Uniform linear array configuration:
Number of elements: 32
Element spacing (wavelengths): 0.25
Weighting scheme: cosine
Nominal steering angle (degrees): -30
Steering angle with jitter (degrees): -31.792
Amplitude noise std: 0.05
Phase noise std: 0.05

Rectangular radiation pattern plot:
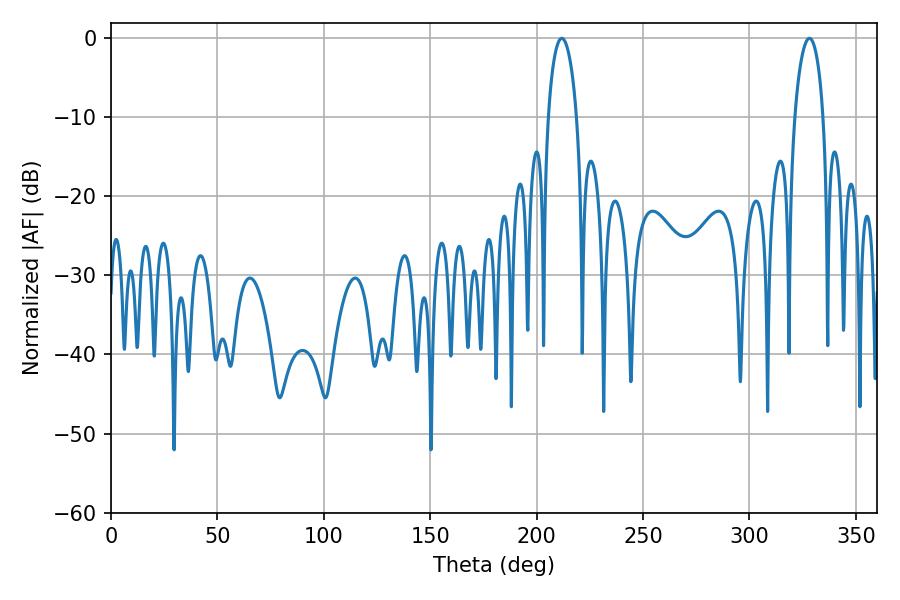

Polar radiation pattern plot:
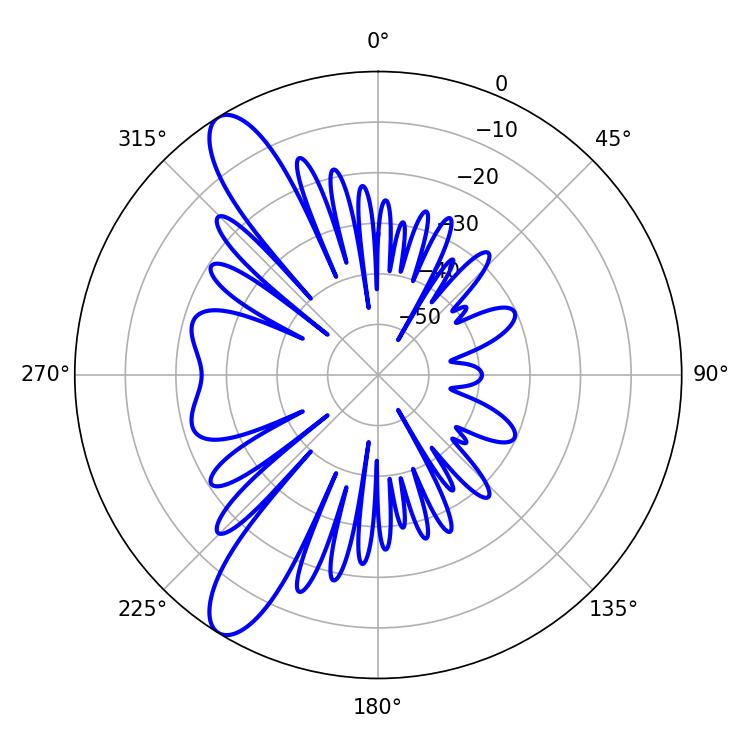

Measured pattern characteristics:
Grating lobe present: FALSE
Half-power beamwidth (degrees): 7.74
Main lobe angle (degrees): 211.86